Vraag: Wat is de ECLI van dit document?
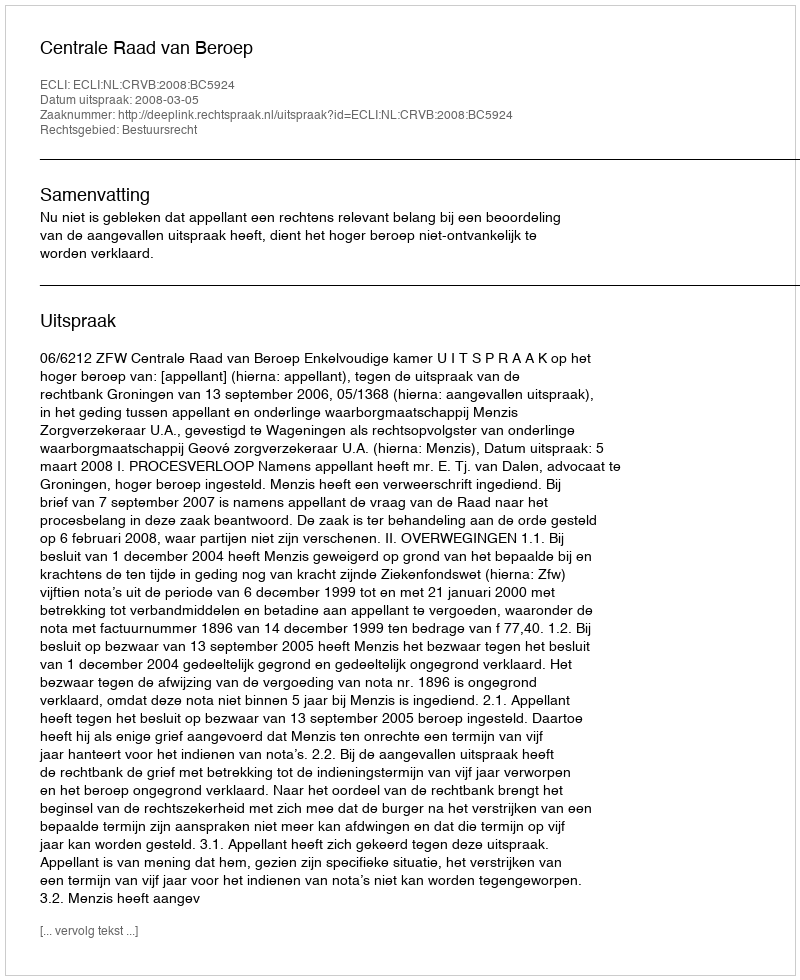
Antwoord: ECLI:NL:CRVB:2008:BC5924